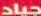
جياد